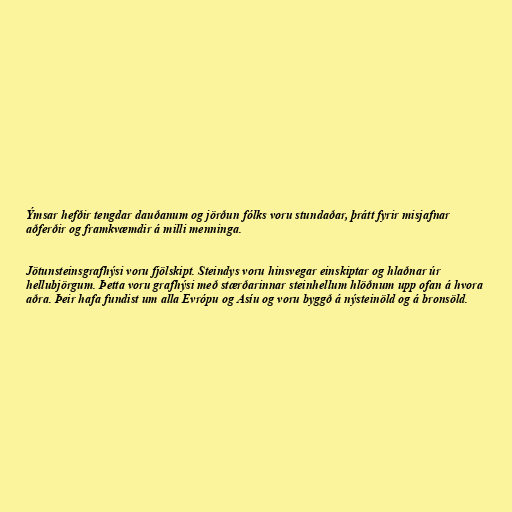
Ýmsar hefðir tengdar dauðanum og jörðun fólks voru stundaðar, þrátt fyrir misjafnar
aðferðir og framkvæmdir á milli menninga.

Jötunsteinsgrafhýsi voru fjölskipt. Steindys voru hinsvegar einskiptar og hlaðnar úr
hellubjörgum. Þetta voru grafhýsi með stærðarinnar steinhellum hlöðnum upp ofan á hvora
aðra. Þeir hafa fundist um alla Evrópu og Asíu og voru byggð á nýsteinöld og á bronsöld.